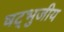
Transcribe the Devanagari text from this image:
षट्भुजीय